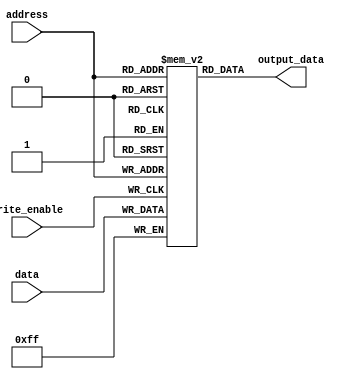
module PROM (
    input wire [6:0] address,
    input wire [7:0] data,
    input wire write_enable,
    output reg [7:0] output_data
);

reg [7:0] memory [0:127];

always @(posedge write_enable) begin
    memory[address] <= data;
end

assign output_data = memory[address];

endmodule